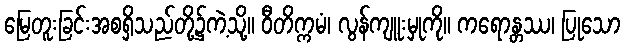
မြေတူးခြင်းအစရှိသည်တို့၌ကဲ့သို့။ ဝီတိက္ကမံ၊ လွန်ကျူးမှုကို။ ကရောန္တဿ၊ ပြုသော